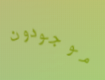
موجودون